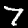
Label: 7